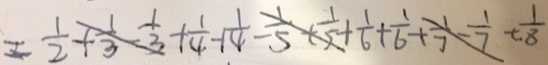
= \frac { 1 } { 2 } + \frac { 1 } { 3 } - \frac { 1 } { 3 } + \frac { 1 } { 4 } + \frac { 1 } { 4 } - \frac { 1 } { 5 } + \frac { 1 } { 5 } + \frac { 1 } { 6 } + \frac { 1 } { 6 } + \frac { 1 } { 7 } - \frac { 1 } { 7 } + \frac { 1 } { 8 }